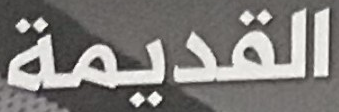
القديمة